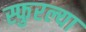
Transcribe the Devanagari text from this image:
स्फुरल्या